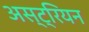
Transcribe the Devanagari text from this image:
अस्ट्रियन